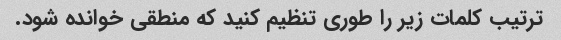
ترتیب کلمات زیر را طوری تنظیم کنید که منطقی خوانده شود.